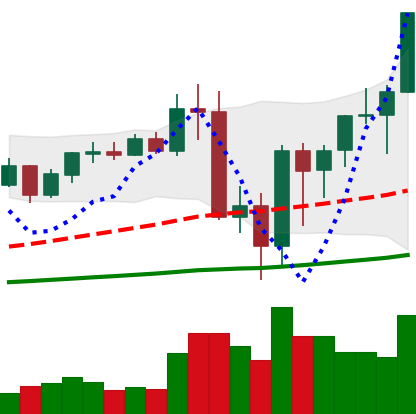
Ticker: BNB-USD
Chart end date: 2020-09-12
Forward return: -5.386%
Label: down_5_7